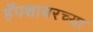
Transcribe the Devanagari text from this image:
हँपशायरच्या